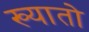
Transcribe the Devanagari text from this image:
ख्यातो